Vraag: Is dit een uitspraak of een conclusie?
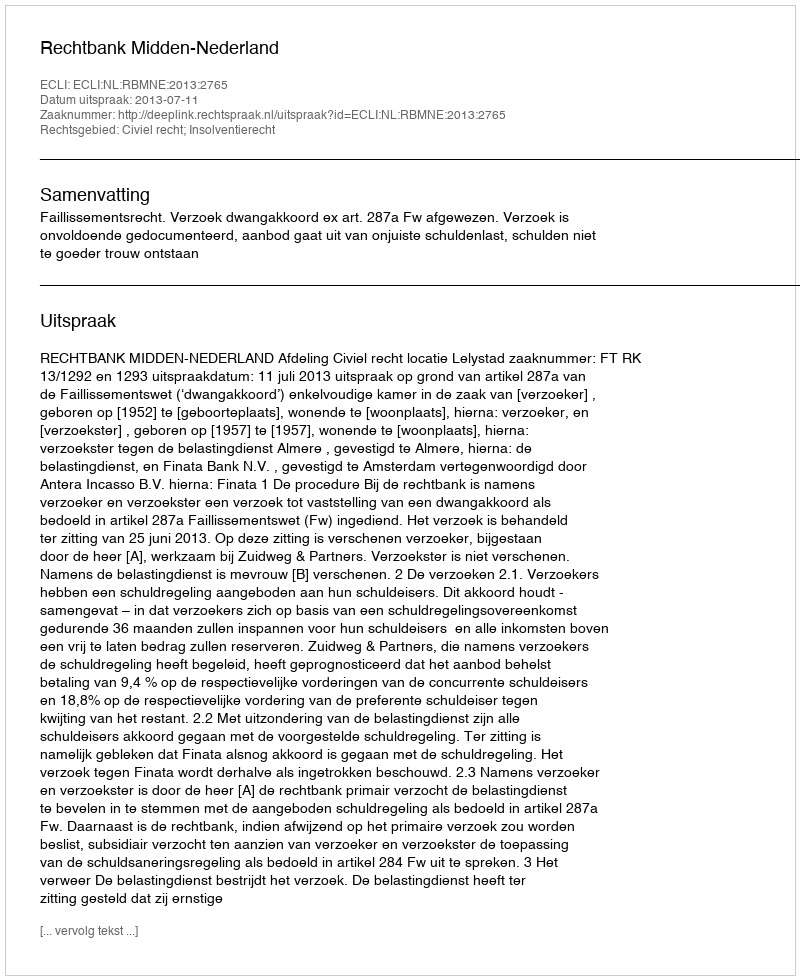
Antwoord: Uitspraak